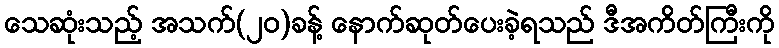
သေဆုံးသည့် အသက်(၂၀)ခန့် နောက်ဆုတ်ပေးခဲ့ရသည် ဒီအကိတ်ကြီးကို